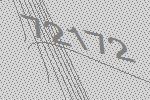
72172